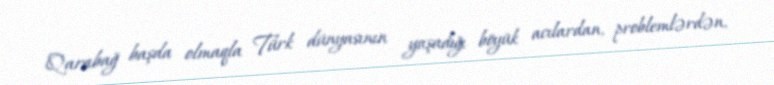
Qarabağ başda olmaqla Türk dünyasının yaşadığı böyük acılardan, problemlərdən,